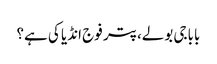
باباجی بولے، پتر فوج انڈیا کی ہے؟